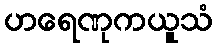
ဟရေဏုကယူသံ